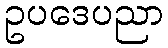
ဥပဒေပညာ